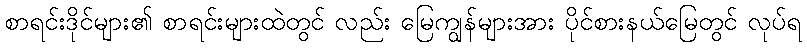
စာရင်းဒိုင်များ၏ စာရင်းများထဲတွင် လည်း မြေကျွန်များအား ပိုင်စားနယ်မြေတွင် လုပ်ရ